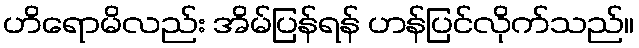
ဟိရောမိလည်း အိမ်ပြန်ရန် ဟန်ပြင်လိုက်သည်။